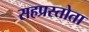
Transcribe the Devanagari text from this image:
सहप्रस्तोता